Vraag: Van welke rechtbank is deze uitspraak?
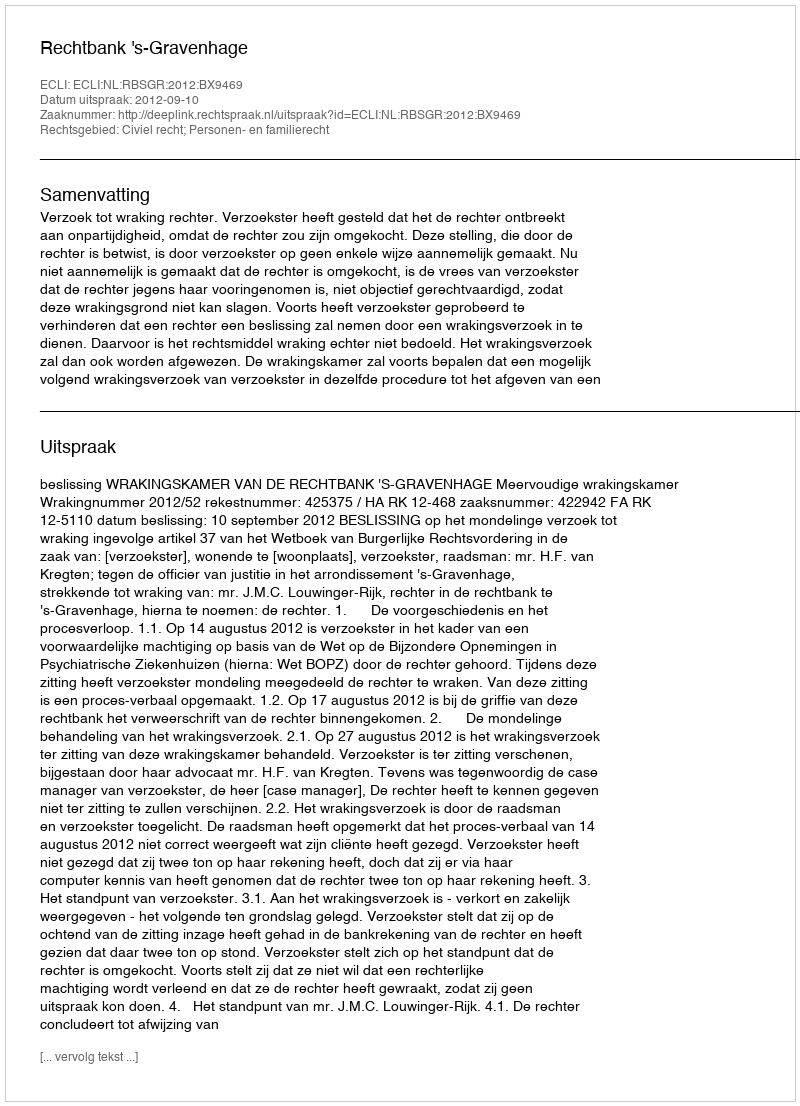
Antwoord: Rechtbank 's-Gravenhage